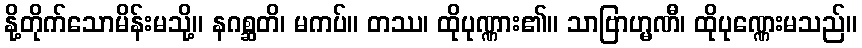
နို့တိုက်သောမိန်းမသို့။ နဂစ္ဆတိ၊ မကပ်။ တဿ၊ ထိုပုဏ္ဏား၏။ သာဗြာဟ္မဏီ၊ ထိုပုဏ္ဏေးမသည်။